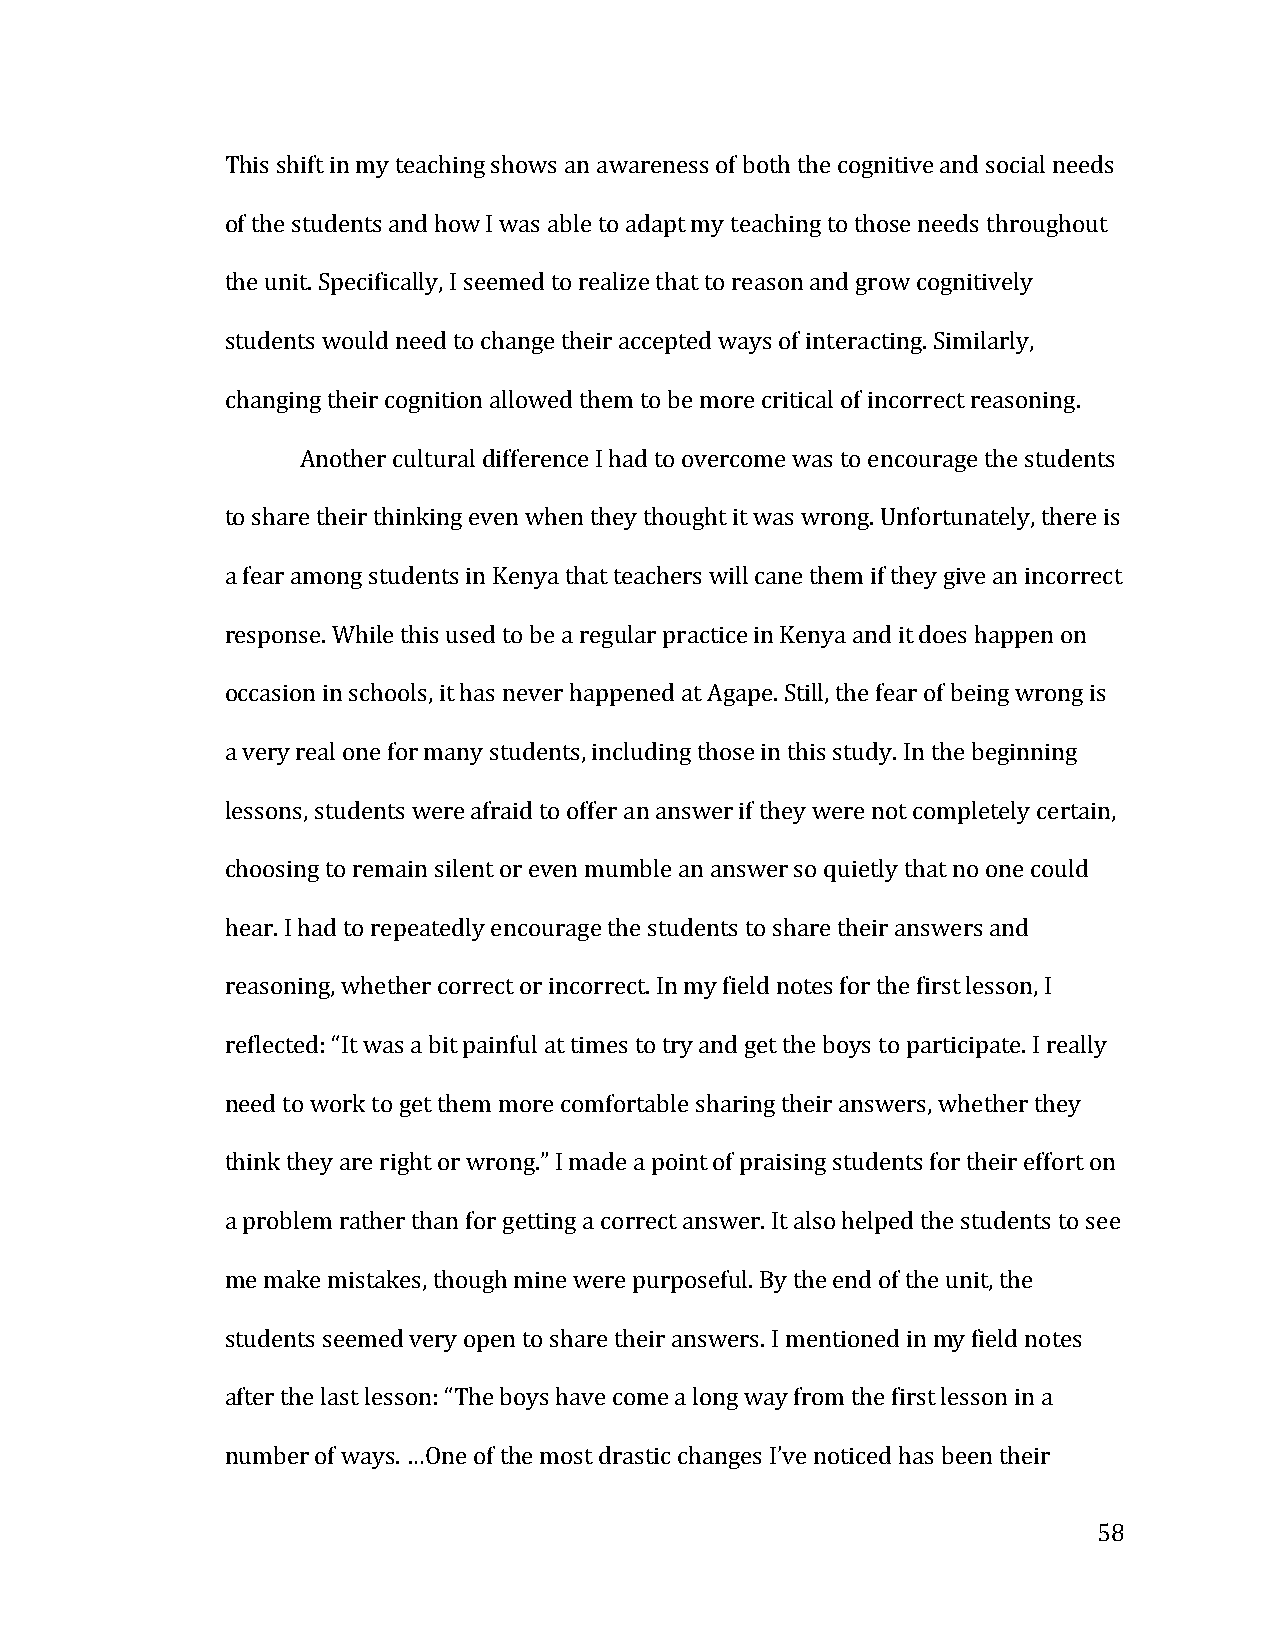
This shift in my teaching shows an awareness of both the cognitive and social needs
 of the students and how I was able to adapt my teaching to those needs throughout
 the unit. Specifically, I seemed to realize that to reason and grow cognitively
 students would need to change their accepted ways of interacting. Similarly,
 changing their cognition allowed them to be more critical of incorrect reasoning.
 Another cultural difference I had to overcome was to encourage the students
 to share their thinking even when they thought it was wrong. Unfortunately, there is
 a fear among students in Kenya that teachers will cane them if they give an incorrect
 response. While this used to be a regular practice in Kenya and it does happen on
 occasion in schools, it has never happened at Agape. Still, the fear of being wrong is
 a very real one for many students, including those in this study. In the beginning
 lessons, students were afraid to offer an answer if they were not completely certain,
 choosing to remain silent or even mumble an answer so quietly that no one could
 hear. I had to repeatedly encourage the students to share their answers and
 reasoning, whether correct or incorrect. In my field notes for the first lesson, I
 reflected: “It was a bit painful at times to try and get the boys to participate. I really
 need to work to get them more comfortable sharing their answers, whether they
 think they are right or wrong.” I made a point of praising students for their effort on
 a problem rather than for getting a correct answer. It also helped the students to see
 me make mistakes, though mine were purposeful. By the end of the unit, the
 students seemed very open to share their answers. I mentioned in my field notes
 after the last lesson: “The boys have come a long way from the first lesson in a
 number of ways. …One of the most drastic changes I’ve noticed has been their
 58